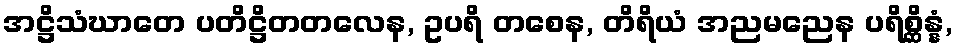
အဋ္ဌိသံဃာတေ ပတိဋ္ဌိတတလေန, ဥပရိ တစေန, တိရိယံ အညမညေန ပရိစ္ဆိန္နံ,